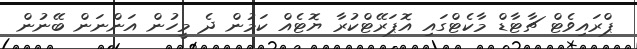
ޕްރައިވެޓް ޗާޓާޑް މާކެޓްގައި އޮޕަރޭޓްކުރާ ޔޮޓެއް ކަމުން ދެ މީހުން އަންނަން ބޭނުން